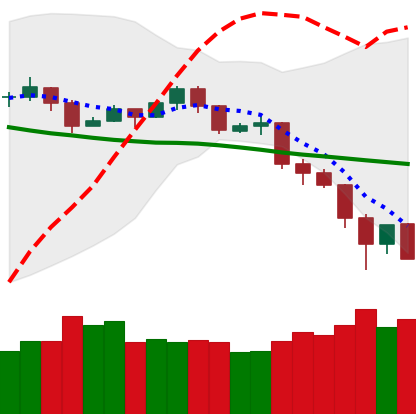
Ticker: TRX-USD
Chart end date: 2019-11-24
Forward return: 16.246%
Label: up_7plus